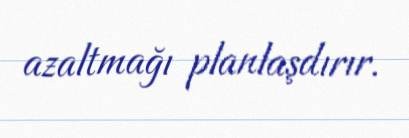
azaltmağı planlaşdırır.